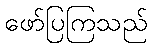
ဖော်ပြကြသည်